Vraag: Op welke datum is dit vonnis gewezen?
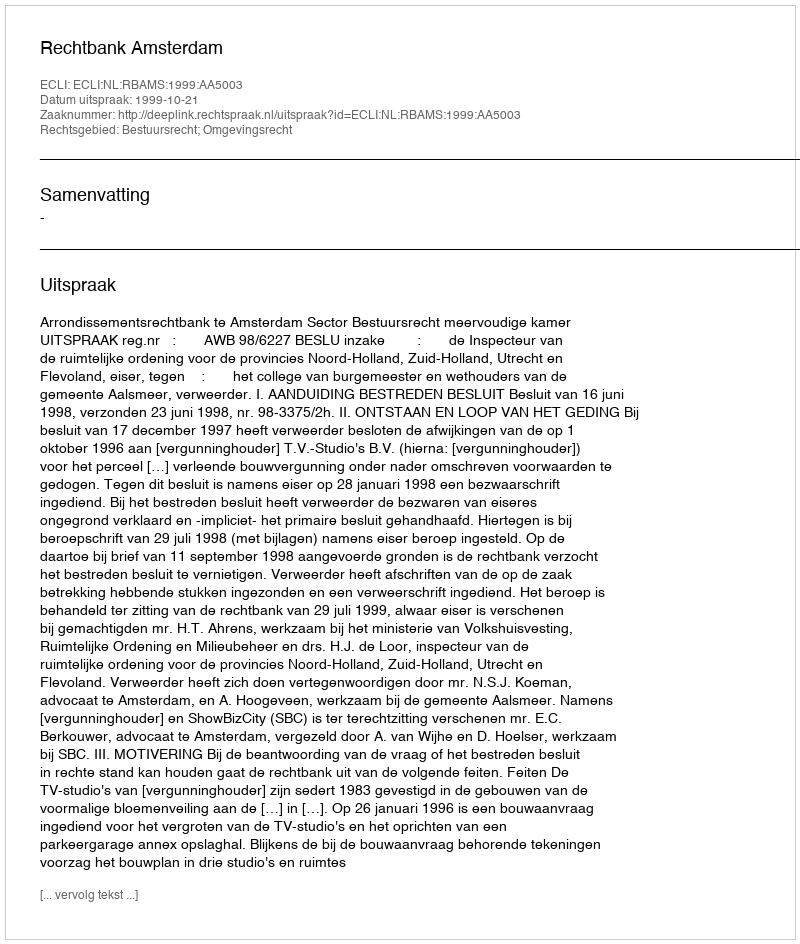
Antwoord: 1999-10-21